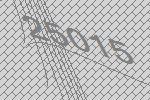
25015